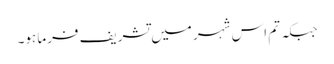
جبکہ تم اس شہر میں تشریف فرما ہو۔